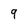
Character: 9